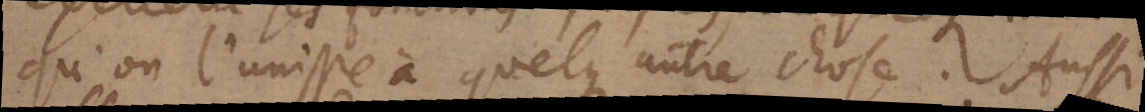
qu’on l’unisse à quelque autre chose. Aussi